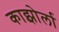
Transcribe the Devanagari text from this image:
काझोर्ला